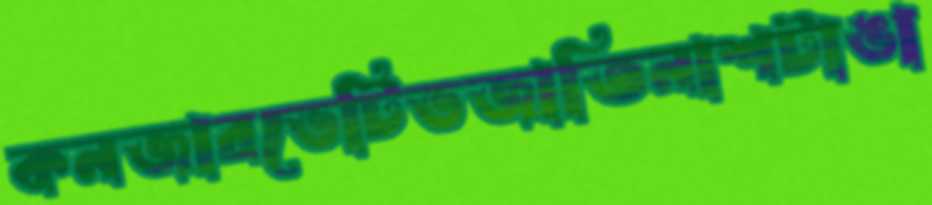
কনজারভেটিভজাতিনাশটাঙা